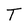
Character: T